Civil Veterinary Dept. Assam report 1927-50 - 1927-1950
Year: 1927
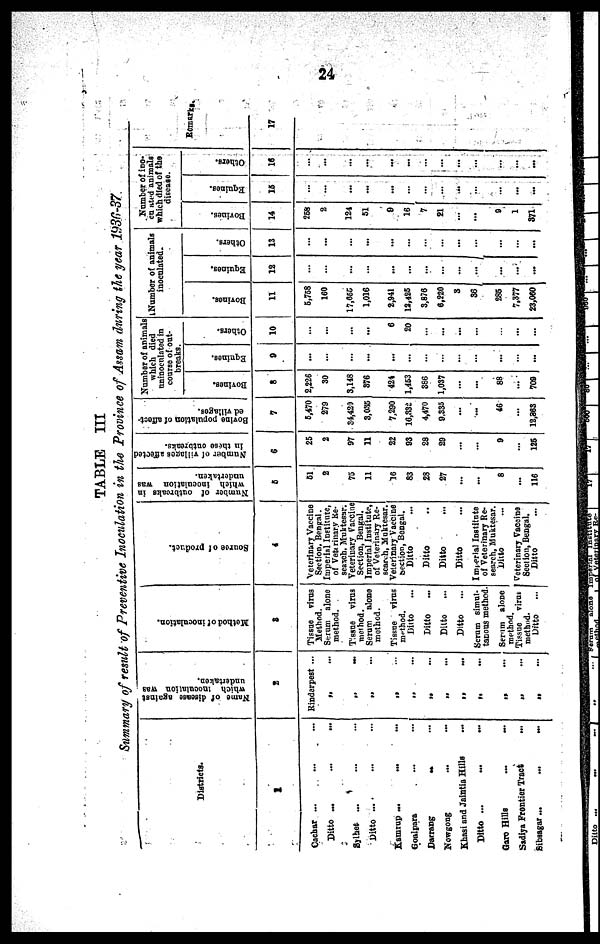
24
TABLE III
Summary of result of Preventive Inoculation in the Province of Assam during the year 1936-37
Districts.
1
Cachar ... ... ...
Ditto
...
...
...
Sylhet ... ... ...
Ditto ... ... ...
Kamrup ... ... ...
Goalpara ... ...
Darrang
...
...
Nowgong ... ...
Khasi and Jaintia Hills ...
Ditto ...
Garo Hills ... ...
Sadiya Frontier Tract ...
Sibsagar... ... ...
Name of disease against
which inoculation was
undertaken.
2
Rinderpest ...
„
...
„ ...
„ ...
„ ...
„ ...
„ ...
„ ...
„ ...
„ ...
„ ...
„ ...
„ ...
Method
of inoculation.
3
Tissue virus
Method.
Serum alone
method.
Tissue virus
method.
Serum alone
method.
Tissue virus
method.
Ditto ...
Ditto ...
Ditto ...
Ditto
...
Serum simul-
tanous method.
Serum alone
method.
Tissue
virus
method.
Ditto ...
Source
of product.
4
Veterinary Vaccine
Section, Bengal.
Imperial Institute,
of Vote rinary ke-
search, Muktesar.
Veterinary Vaccine
Section, Bengal.
Imperial Institute,
of Veterinary Re-
search, Muktesar.
Veterinary Vaccine
Section, Bengal.
Ditto ...
Ditto ...
Ditto ...
Ditto ...
Imperial Institute
of Veterinary Re-
search, Muktesar.
Ditto ...
Veterinary Vaccine
Section, Bengal.
Ditto
Number of outbreaks in
which inoculation was
undertaken.
5
61
2
75
11
16
83
28
27
...
...
8
...
116
Number of villages affected
in these outbreaks.
6
25
2
97
11
22
93
28
29
...
...
9
...
125
Bovine population of affect-
ed villages.
7
5,470
279
34,429
8,035
7,290
16,832
4,470
9,335
...
...
46
...
12,363
Number of animals
which died
uninoculated in
course of out-
breaks
Bovines.
8
2,226
30
3,148
376
424
1,453
386
1,037
...
...
88
...
700
Equines.
9
...
...
...
...
...
...
...
...
...
...
...
...
...
Others.
10
...
...
...
...
6
20
...
...
...
...
...
...
...
Number of animals
inoculated.
Bovines.
11
5,758
160
17,655
1,016
2,941
12,425
3.876
6,220
3
36
285
7,377
23,060
Equines.
12
...
...
...
...
...
...
...
...
...
...
...
...
...
Others.
13
...
...
...
...
...
...
...
...
...
...
...
...
...
Number of ino-
cunted animals
which died of the
disease.
Bovines.
14
268
2
124
51
8
16
7
21
...
...
9
1
371
Equines.
15
...
...
...
...
...
...
...
...
...
...
...
...
...
Others.
16
...
...
...
...
...
...
...
...
...
...
...
...
...
Remarks.
17